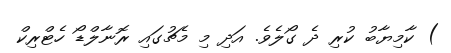
) ކާމިޔާބު ކުރި ދެ ގޯލެވެ. އަދި މި މެޗުގައި ރޮނާލްޑޯ ހެޓްރިކް